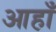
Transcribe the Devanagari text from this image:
आहाँ